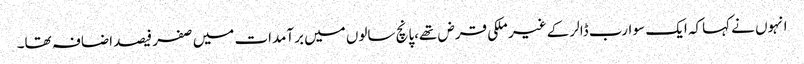
انہوں نے کہاکہ ایک سو ارب ڈالر کے غیر ملکی قرض تھے،پانچ سالوں میں برآمدات میں صفر فیصد اضافہ تھا۔